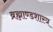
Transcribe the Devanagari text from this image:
ब्रह्माण्डशास्त्र